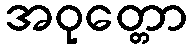
အဝုတ္တော